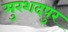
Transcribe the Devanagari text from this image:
मुरशदपुर